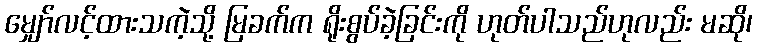
မျှော်လင့်ထားသကဲ့သို့ မြခက်က ရိုးစွပ်ခဲ့ခြင်းကို ဟုတ်ပါသည်ဟုလည်း မဆို၊